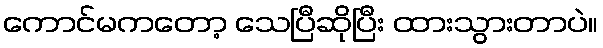
ကောင်မကတော့ သေပြီဆိုပြီး ထားသွားတာပဲ။